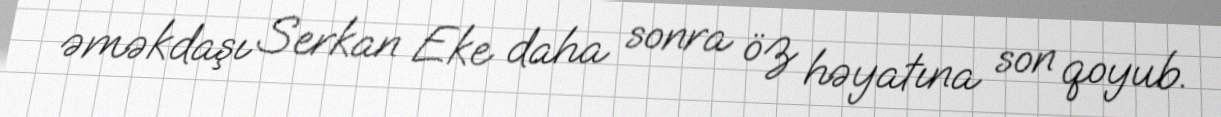
əməkdaşı Serkan Eke daha sonra öz həyatına son qoyub.